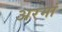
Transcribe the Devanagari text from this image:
अरमां